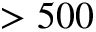
> 5 0 0